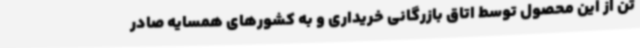
تن از این محصول توسط اتاق بازرگانی خریداری و به کشورهای همسایه صادر